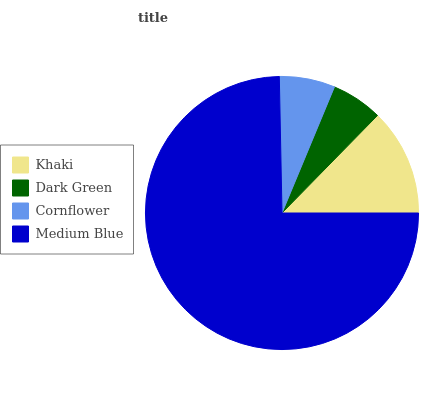
| Khaki | Dark Green | Cornflower | Medium Blue |
 | --- | --- | --- | --- |
 | 12.7% | 6.07% | 6.59% | 74.7% |